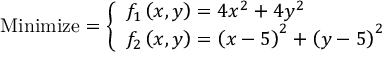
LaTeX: { \mathrm { M i n i m i z e } } = { \left\{ \begin{array} { l l } { f _ { 1 } \left( x , y \right) = 4 x ^ { 2 } + 4 y ^ { 2 } } \\ { f _ { 2 } \left( x , y \right) = \left( x - 5 \right) ^ { 2 } + \left( y - 5 \right) ^ { 2 } } \end{array} \right. }